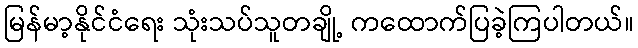
မြန်မာ့နိုင်ငံရေး သုံးသပ်သူတချို့ ကထောက်ပြခဲ့ကြပါတယ်။